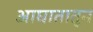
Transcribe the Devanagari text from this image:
आघातातून